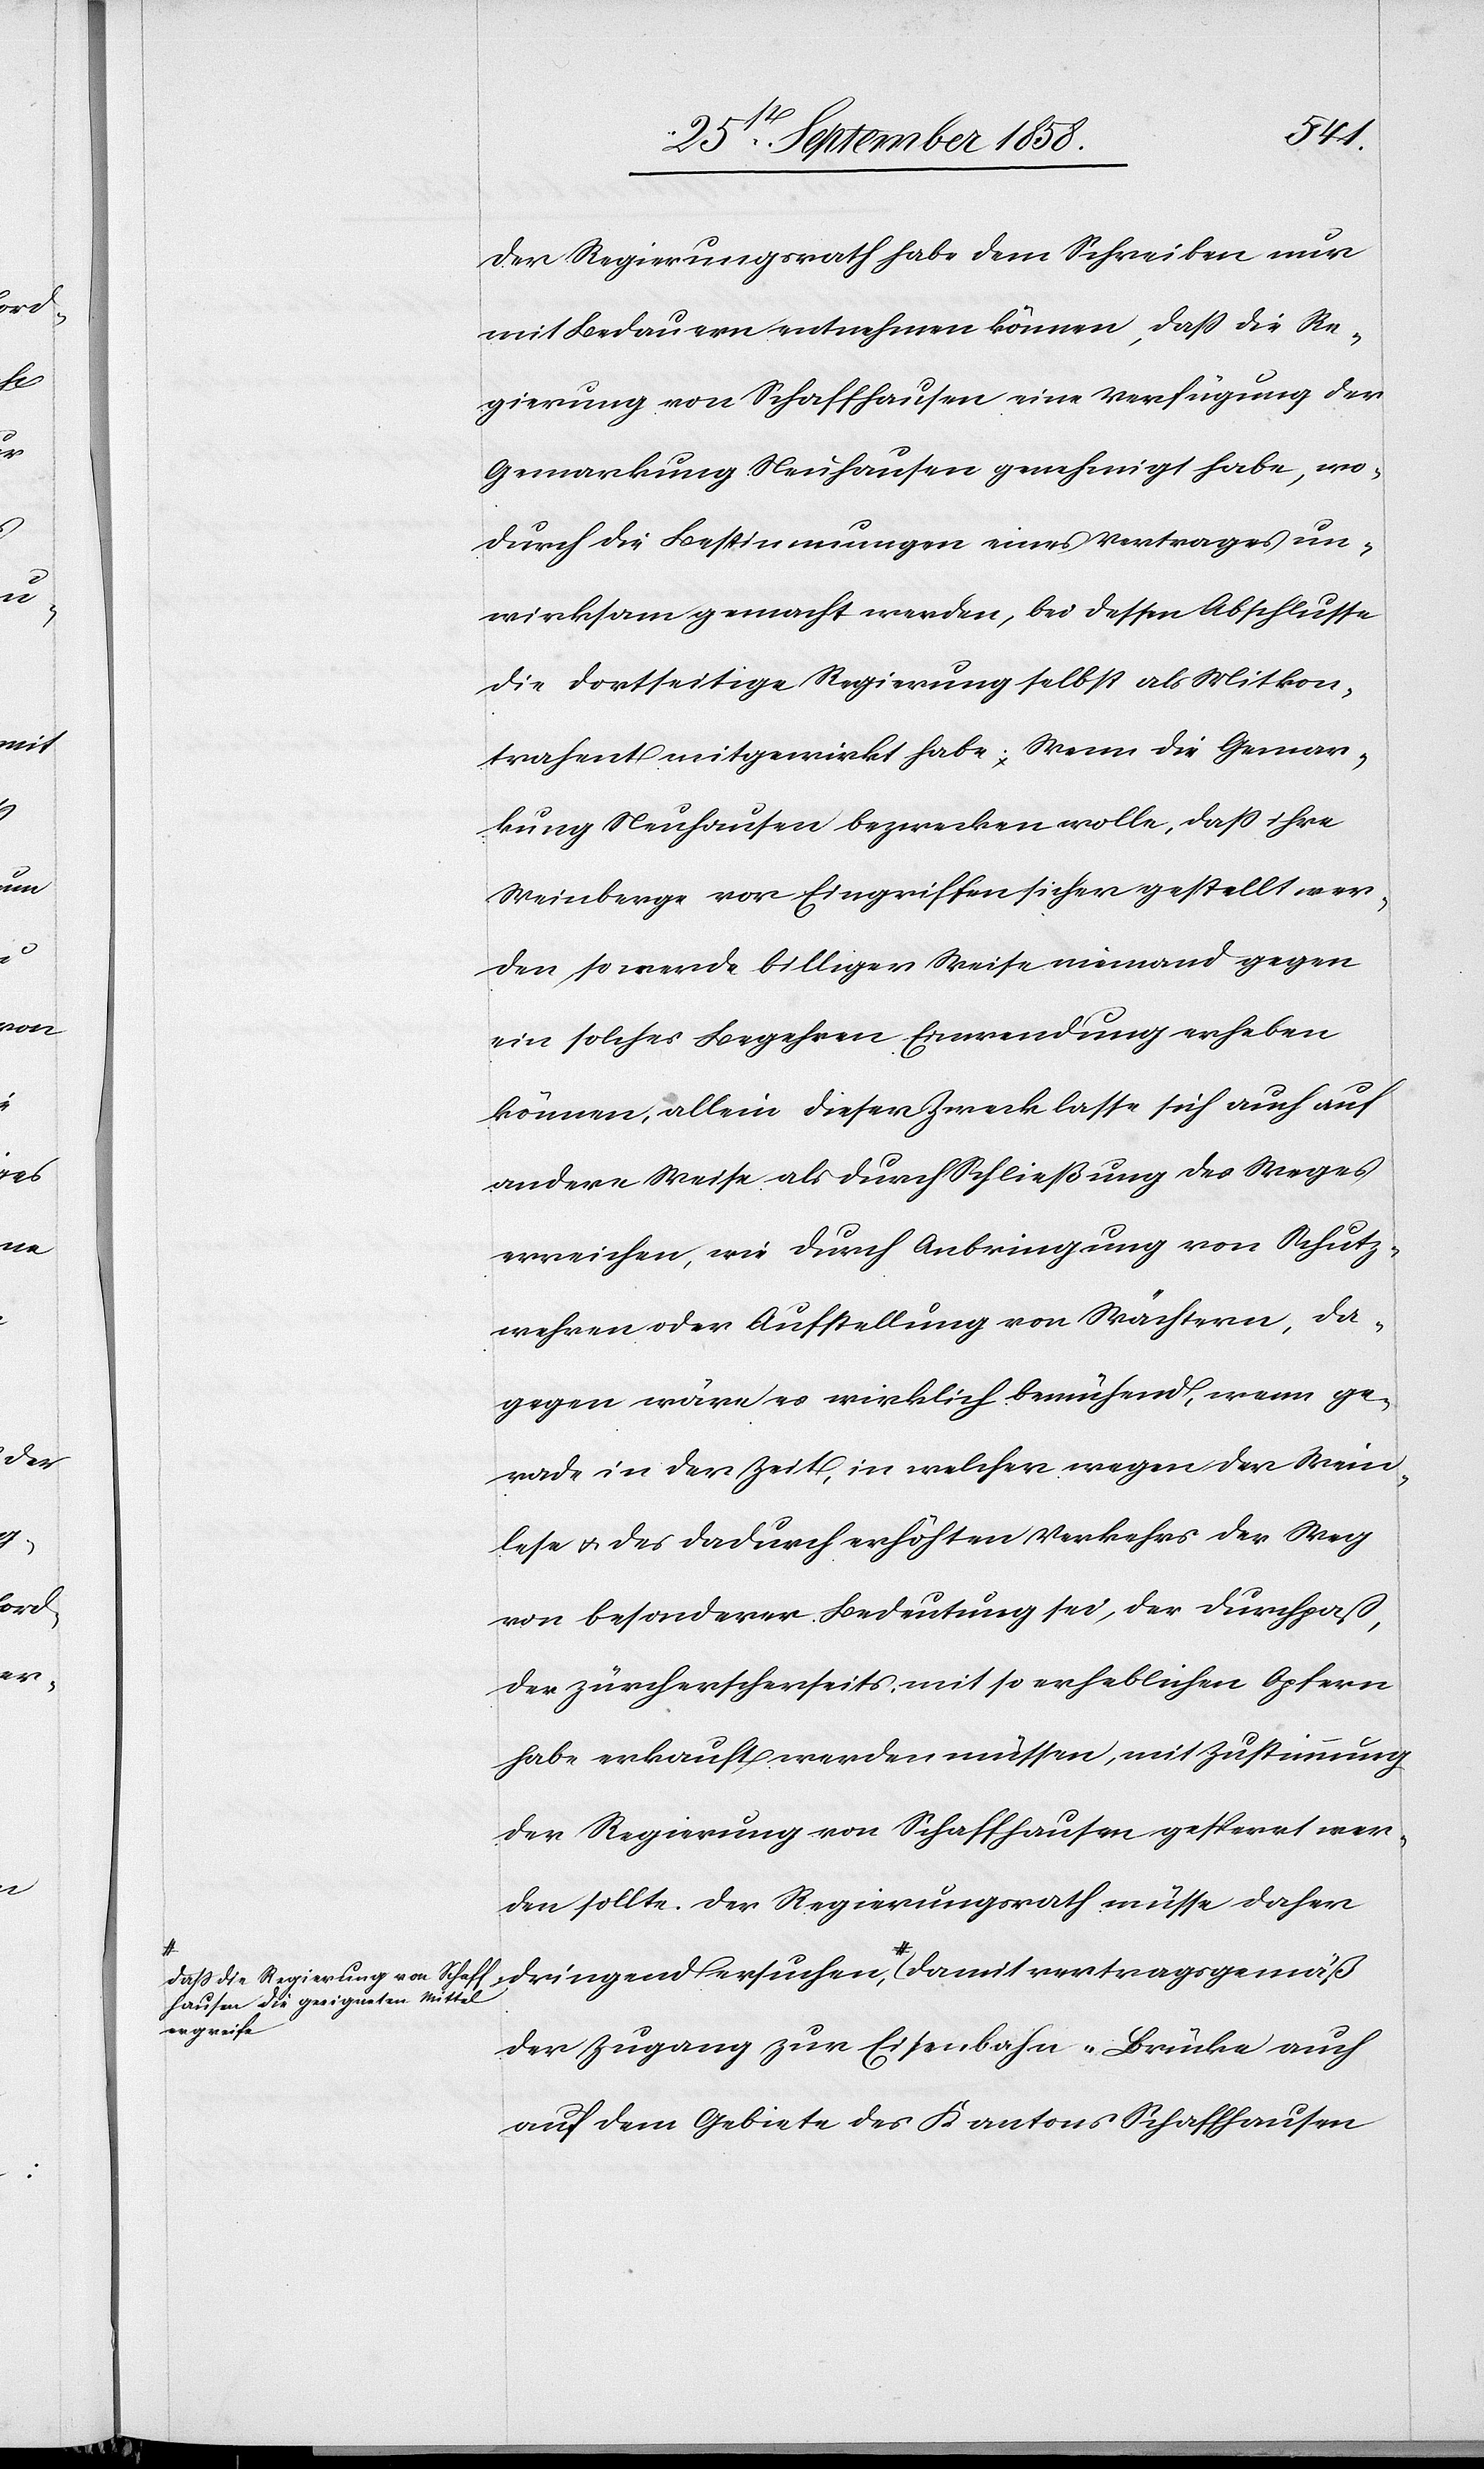
die Regierung von Schaff¬
hausen die geeigneten Mittel
ergreife-a

damit
Der Regierungsrath habe dem Schreiben nur
mit Bedauern entnehmen können, dass die Re¬
gierung von Schaffhausen eine Verfügung der
Gemarkung Neuhausen genehmigt habe, wo¬
durch die Bestimmungen eines Vertrages un¬
wirksam gemacht werden, bei dessen Abschlusse
die dortseitige Regierung selbst als Mitkon¬
trahent mitgewirkt habe. Wenn die Gemar¬
kung Neuhausen bezwecken wolle, daß ihre
Weinberge vor Eingriffen sicher gestellt wer¬
den, so werde billiger Weise niemand gegen
ein solches Begehren Einwendung erheben
können, allein dieser Zweck lasse sich auch auf
andere Weise als durch Schließung des Weges
erreichen, wie durch Anbringung von Schutz¬
wehren oder Aufstellung von Wächtern, da¬
gegen wäre es wirklich bemühend, wenn ge¬
rade in der Zeit, in welcher wegen der Wein¬
lese & des dadurch erhöhten Verkehrs der Weg
von besonderer Bedeutung sei, der Durchpaß,
der zürcherscherseits mit so erheblichen Opfern
habe erkauft werden müssen, mit Zustimmung
der Regierung von Schaffhausen gesperrt wer¬
den sollte. Der Regierungsrath müsse daher
der Zugang zur Eisenbahn-Brücke auch
auf dem Gebiete des Kantons Schaffhausen